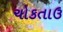
ચોકતાઉ